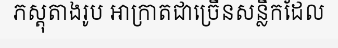
ភស្តុតាងរូប អាក្រាតជាច្រើនសន្លឹកដែល